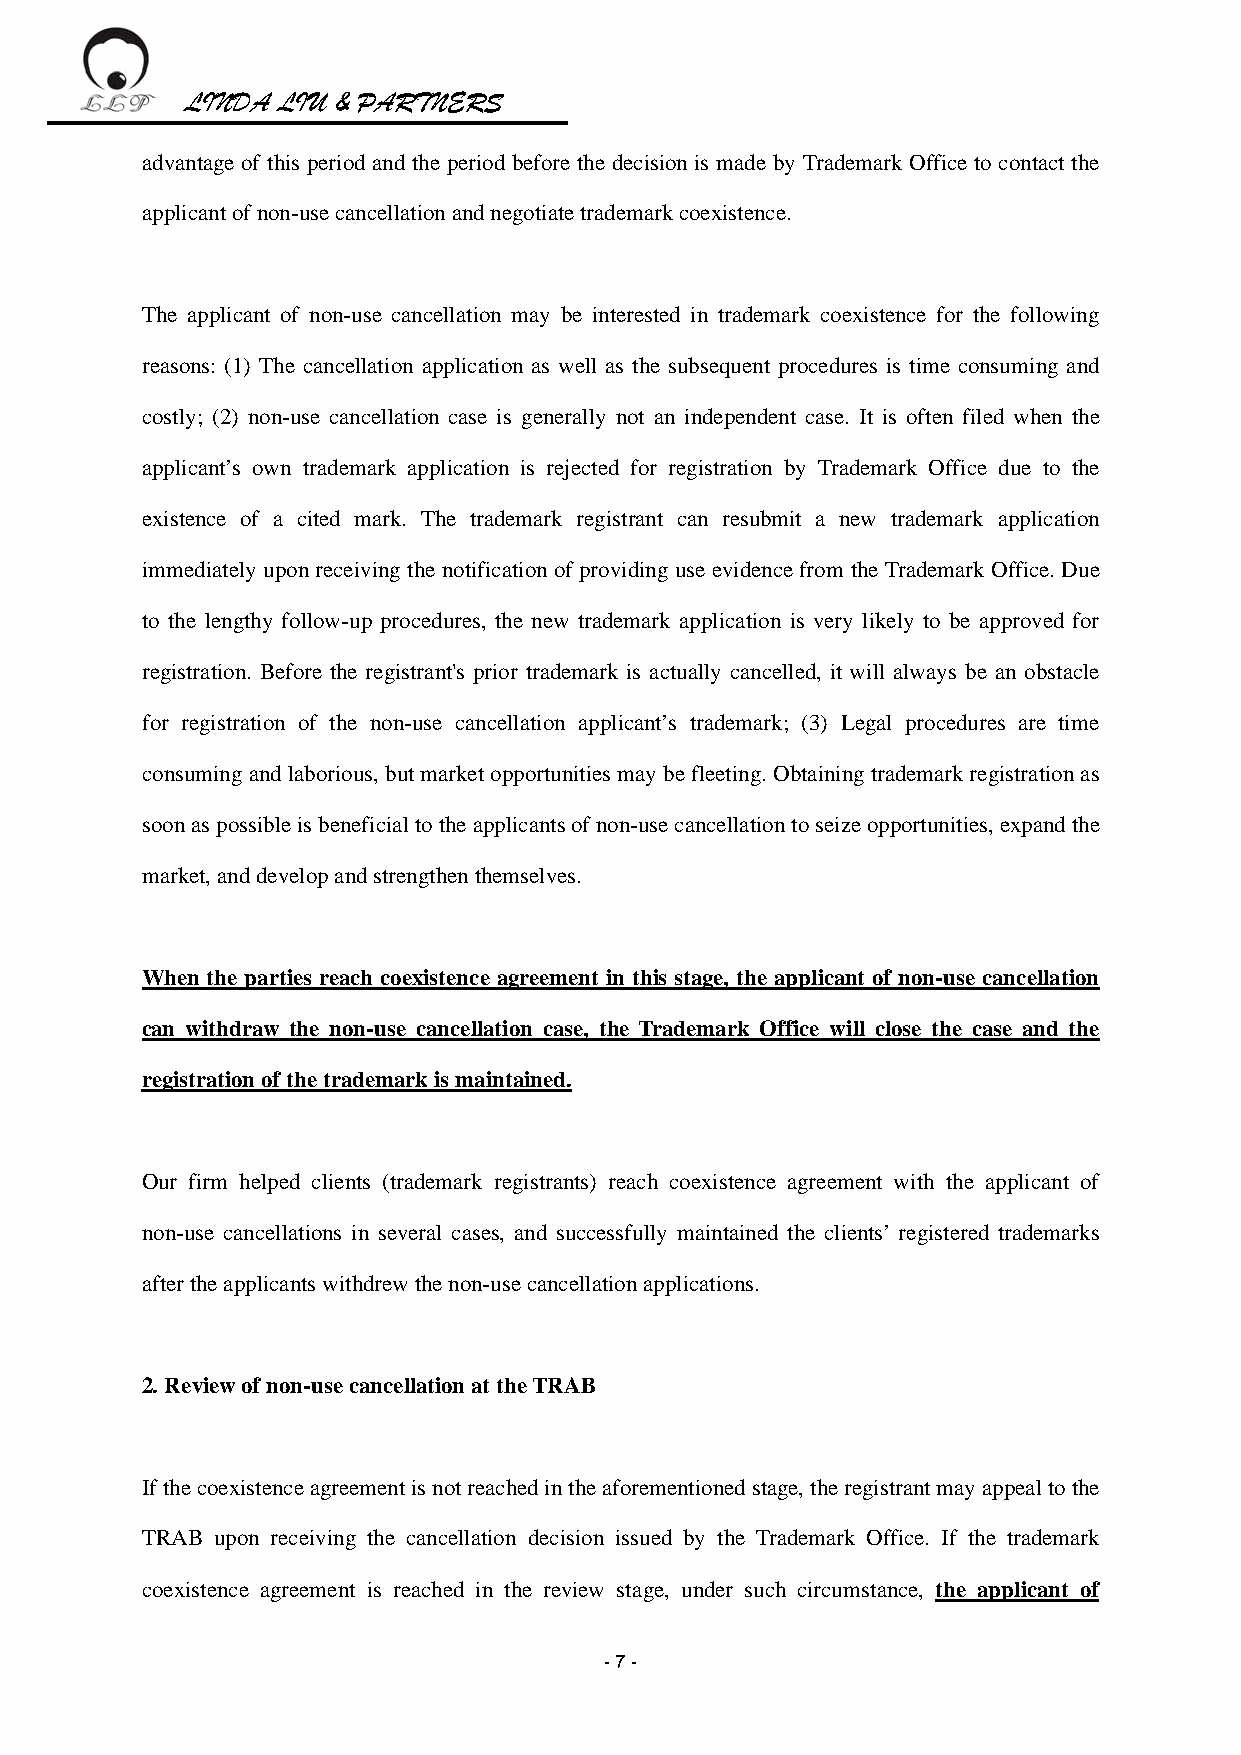
LINDA LIU & PARTNERS
 advantage of this period and the period before the decision is made by Trademark Office to contact the
 applicant of non-use cancellation and negotiate trademark coexistence.
 The applicant of non-use cancellation may be interested in trademark coexistence for the following
 reasons: (1) The cancellation application as well as the subsequent procedures is time consuming and
 costly; (2) non-use cancellation case is generally not an independent case. It is often filed when the
 applicant’s own trademark application is rejected for registration by Trademark Office due to the
 existence of a cited mark. The trademark registrant can resubmit a new trademark application
 immediately upon receiving the notification of providing use evidence from the Trademark Office. Due
 to the lengthy follow-up procedures, the new trademark application is very likely to be approved for
 registration. Before the registrant's prior trademark is actually cancelled, it will always be an obstacle
 for registration of the non-use cancellation applicant’s trademark; (3) Legal procedures are time
 consuming and laborious, but market opportunities may be fleeting. Obtaining trademark registration as
 soon as possible is beneficial to the applicants of non-use cancellation to seize opportunities, expand the
 market, and develop and strengthen themselves.
 When the parties reach coexistence agreement in this stage, the applicant of non-use cancellation
 can withdraw the non-use cancellation case, the Trademark Office will close the case and the
 registration of the trademark is maintained.
 Our firm helped clients (trademark registrants) reach coexistence agreement with the applicant of
 non-use cancellations in several cases, and successfully maintained the clients’ registered trademarks
 after the applicants withdrew the non-use cancellation applications.
 2. Review of non-use cancellation at the TRAB
 If the coexistence agreement is not reached in the aforementioned stage, the registrant may appeal to the
 TRAB upon receiving the cancellation decision issued by the Trademark Office. If the trademark
 coexistence agreement is reached in the review stage, under such circumstance, the applicant of
 - 7 -